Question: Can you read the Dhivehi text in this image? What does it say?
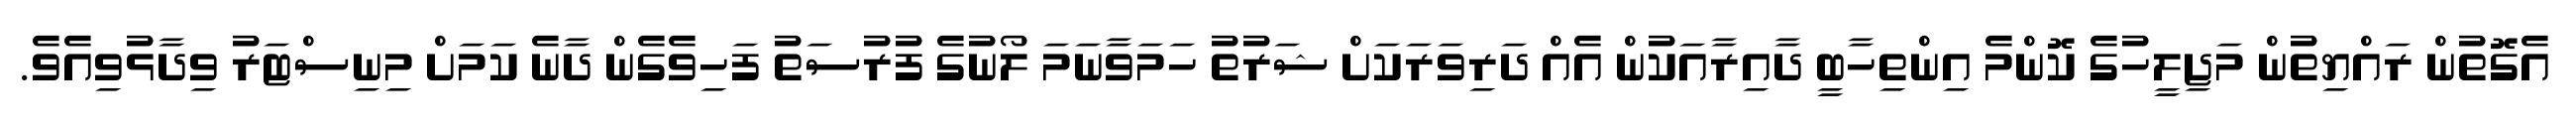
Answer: އެގޮތުން ރައްޔިތުން މަޖިލީހުގެ ކޮންމެ އިންތިހާބީ ދާއިރާއަކުން އެއް ދަރިވަރަކަށް ޝަރުތު ހަމަވާނަމަ ލޯނުގެ ފުރުސަތު ފަހިވެގެން ދާނެ ކަމަށް މިނިސްޓަރު ވިދާޅުވިއެވެ.